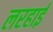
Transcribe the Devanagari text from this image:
लरहाई